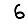
Digit: 6